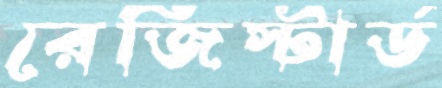
রেজিস্টার্ড